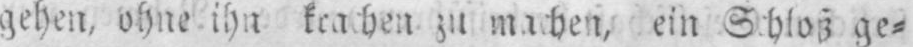
zu machen, ein Schloß ge⸗